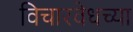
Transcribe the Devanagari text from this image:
विचारवेधच्या